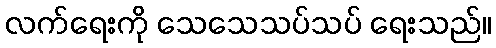
လက်ရေးကို သေသေသပ်သပ် ရေးသည်။